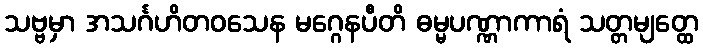
သဗ္ဗမှာ အသင်္ဂဟိတဝသေန မဂ္ဂေနပီတိ ဓမ္မပဏ္ဏာကာရံ သတ္တမျတ္ထေ